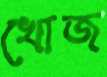
খোজ